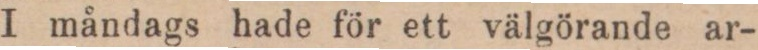
I måndags hade för ett välgörande ar-